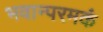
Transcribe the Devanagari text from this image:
भवान्परमकं